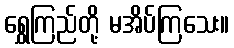
ရွှေကြည်တို့ မအိပ်ကြသေး။